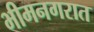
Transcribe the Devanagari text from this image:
भीमनगरात